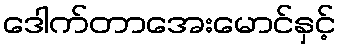
ဒေါက်တာအေးမောင်နှင့်